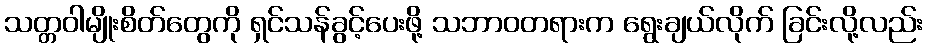
သတ္တဝါမျိုးစိတ်တွေကို ရှင်သန်ခွင့်ပေးဖို့ သဘာဝတရားက ရွေးချယ်လိုက် ခြင်းလို့လည်း